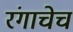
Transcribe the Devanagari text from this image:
रंगाचेच